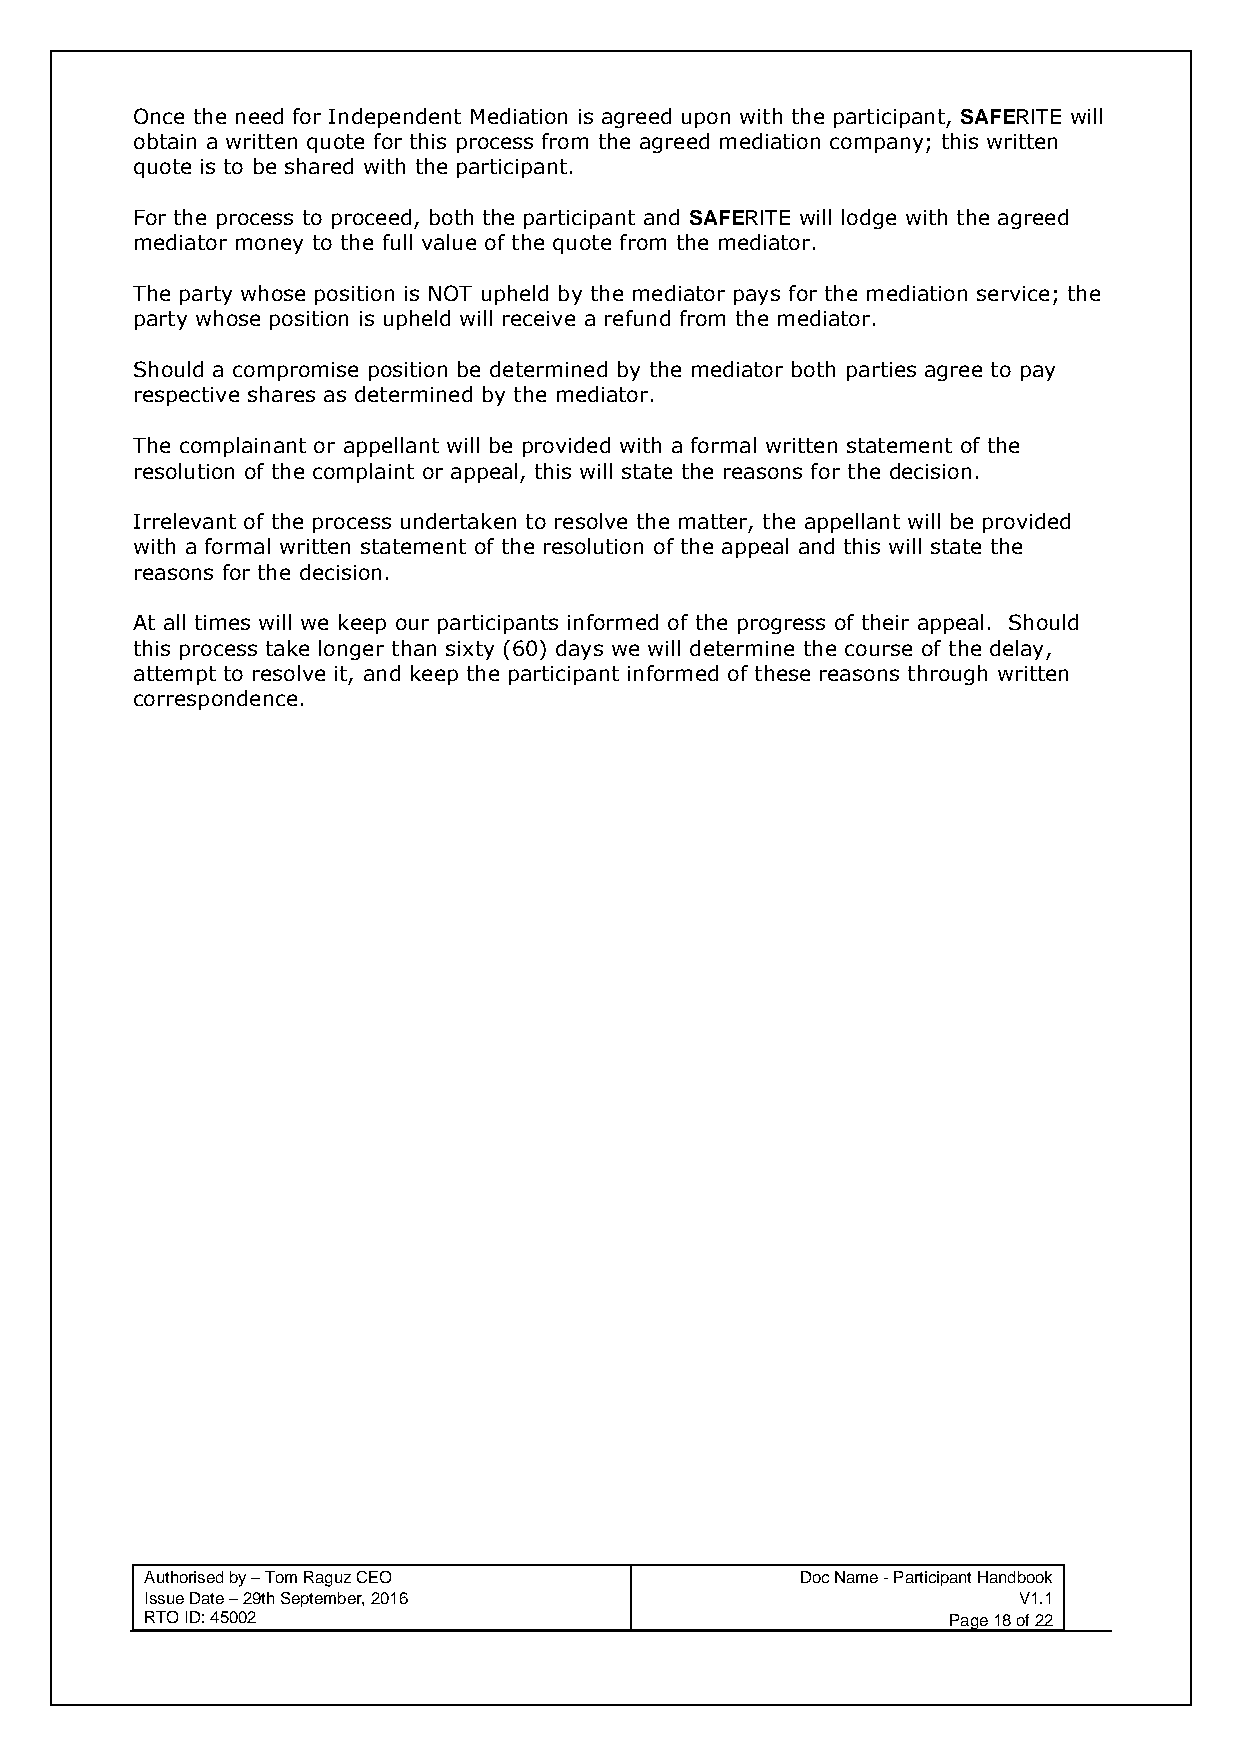
Once the need for Independent Mediation is agreed upon with the participant, SAFERITE will
 obtain a written quote for this process from the agreed mediation company; this written
 quote is to be shared with the participant.
 For the process to proceed, both the participant and SAFERITE will lodge with the agreed
 mediator money to the full value of the quote from the mediator.
 The party whose position is NOT upheld by the mediator pays for the mediation service; the
 party whose position is upheld will receive a refund from the mediator.
 Should a compromise position be determined by the mediator both parties agree to pay
 respective shares as determined by the mediator.
 The complainant or appellant will be provided with a formal written statement of the
 resolution of the complaint or appeal, this will state the reasons for the decision.
 Irrelevant of the process undertaken to resolve the matter, the appellant will be provided
 with a formal written statement of the resolution of the appeal and this will state the
 reasons for the decision.
 At all times will we keep our participants informed of the progress of their appeal. Should
 this process take longer than sixty (60) days we will determine the course of the delay,
 attempt to resolve it, and keep the participant informed of these reasons through written
 correspondence.
 Authorised by – Tom Raguz CEO              Doc Name - Participant Handbook
 Issue Date – 29th September, 2016                        V1.1
 RTO ID: 45002                                        Page 18 of 22